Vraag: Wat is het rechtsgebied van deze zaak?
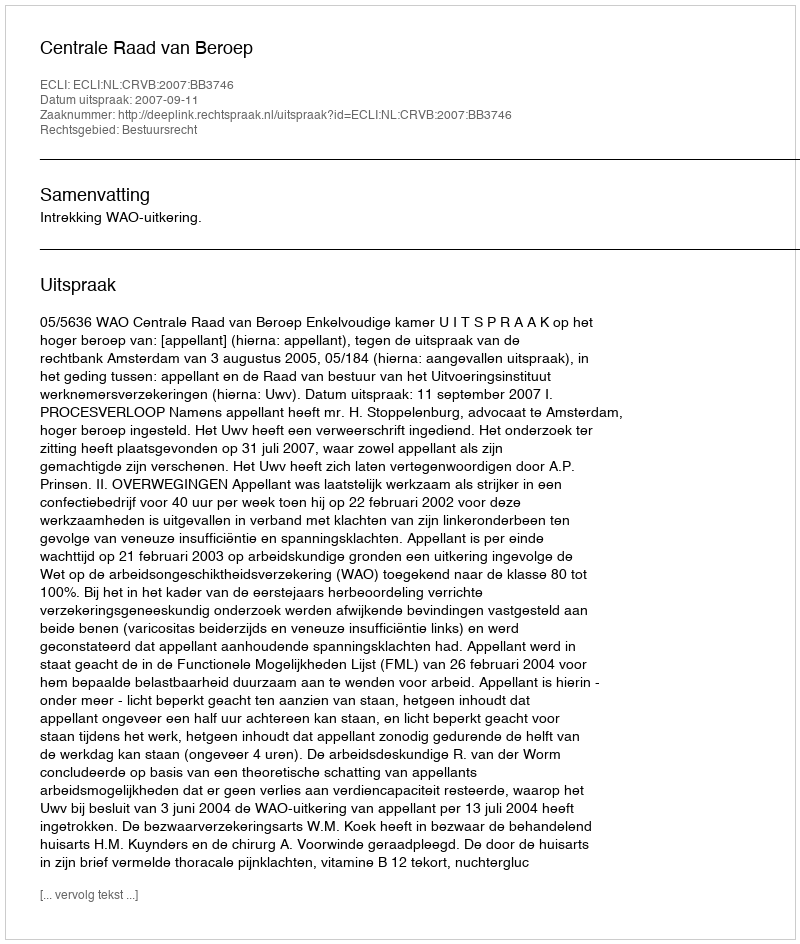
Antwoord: Bestuursrecht